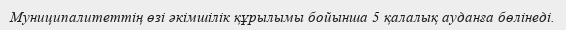
Муниципалитеттің өзі әкімшілік құрылымы бойынша 5 қалалық ауданға бөлінеді.